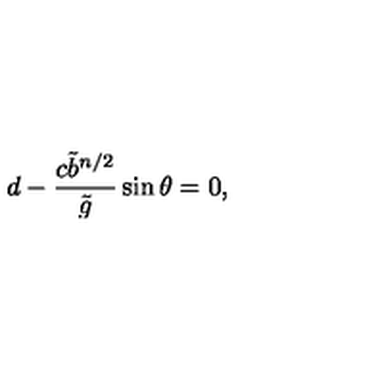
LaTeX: d - \frac { c { \tilde { b } } ^ { n / 2 } } { \tilde { g } } \sin \theta = 0 ,